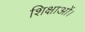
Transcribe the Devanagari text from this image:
शिक्षाओं।